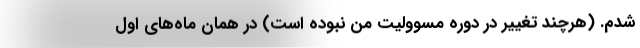
شدم. (هرچند تغییر در دوره مسوولیت من نبوده است) در همان ماه‌های اول